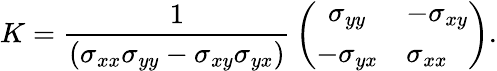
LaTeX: K={\frac{1}{(\sigma_{xx}\sigma_{yy}-\sigma_{xy}\sigma_{yx})}}\left(\begin{array}{clcr}{{\sigma_{yy}}}&{{-\sigma_{xy}}}\\ {{-\sigma_{yx}}}&{{\sigma_{xx}}}\end{array}\right).